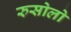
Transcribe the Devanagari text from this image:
रुसोलो